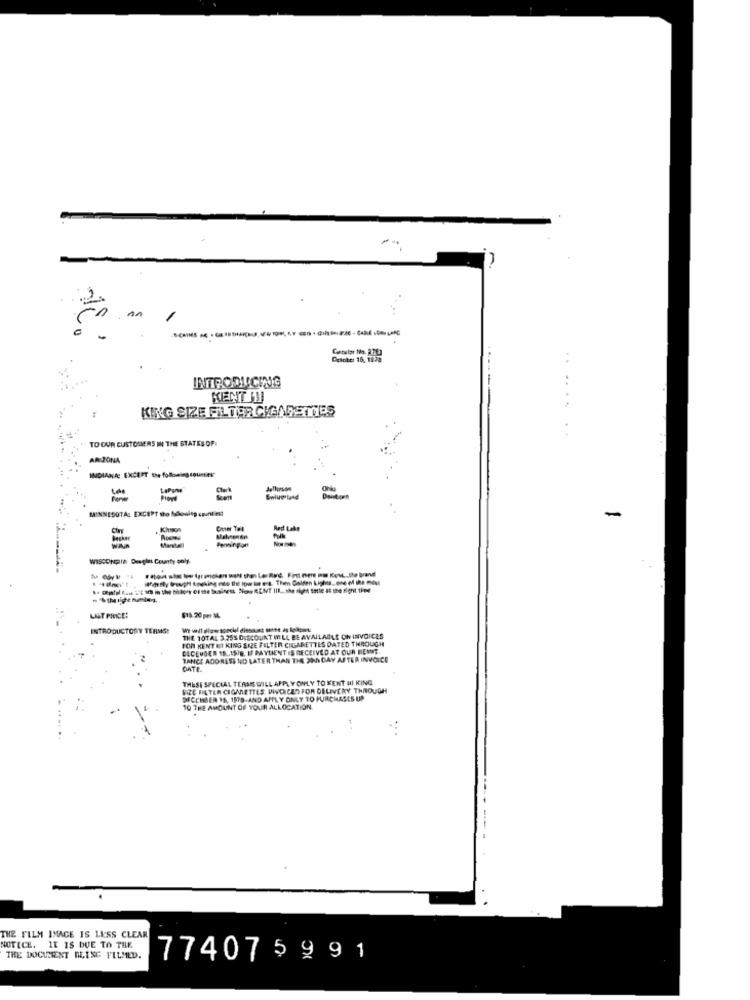
SCRIMS
October 16, 1878
INTRODUCING
KING SIZE FILTER CIGARETTES
TO OUR CUSTOMERS IN THE STATES OF:
AR ZONA
INDIANA: EXCEPT the following counties"
MINNESOTA: EXCEPT tho Mslowleg countiest
-
Red Lake
Pole
WISCONGITE Desgin County only-
Worthy troph taking meo that low ta era. Then Golden Lighes. one of the most
8. Dasfal Kan L'E is in the thiers et the business. Now RENT IIL. the skype satte at the fight thee
LIST PRICE:
$18:20 per M4.
INTRODUCTORY TERMS:
THE TOTAL 3.25% DISCOUNT I LL BE AVAILABLE ON INVOICES
FOR KENT MI KING SIZE FILTER CIGARETTES DATED THROUGH
DECEMBER 18 ., 15/8, IF PAYLIENT IS RECEIVED AT OUR HEMMT.
TANCE ADORASS NO LATER THAN THE 30 DAY AFTER INVOICE
DATE
THESE SPECIAL TERSS WILL APPLY ONLY TO KENT HI KING
BIZE FILTER CIGARETTES, WIVOICES FOR DELIVERY THROUGH
DECEMBER 18, 1818-AND APPLY ONLY TO PURCHASES UP
10 THE AMOUNT OF YOUR ALLOCATION
THE FILM IMAGE IS LESS CLEAR
NOTICE. IT IS DUE TO THE
THE DOCUMENT DLING FILMED.
774075991